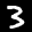
Label: 3